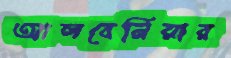
আলবেনিয়ার